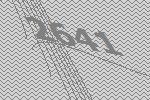
2641